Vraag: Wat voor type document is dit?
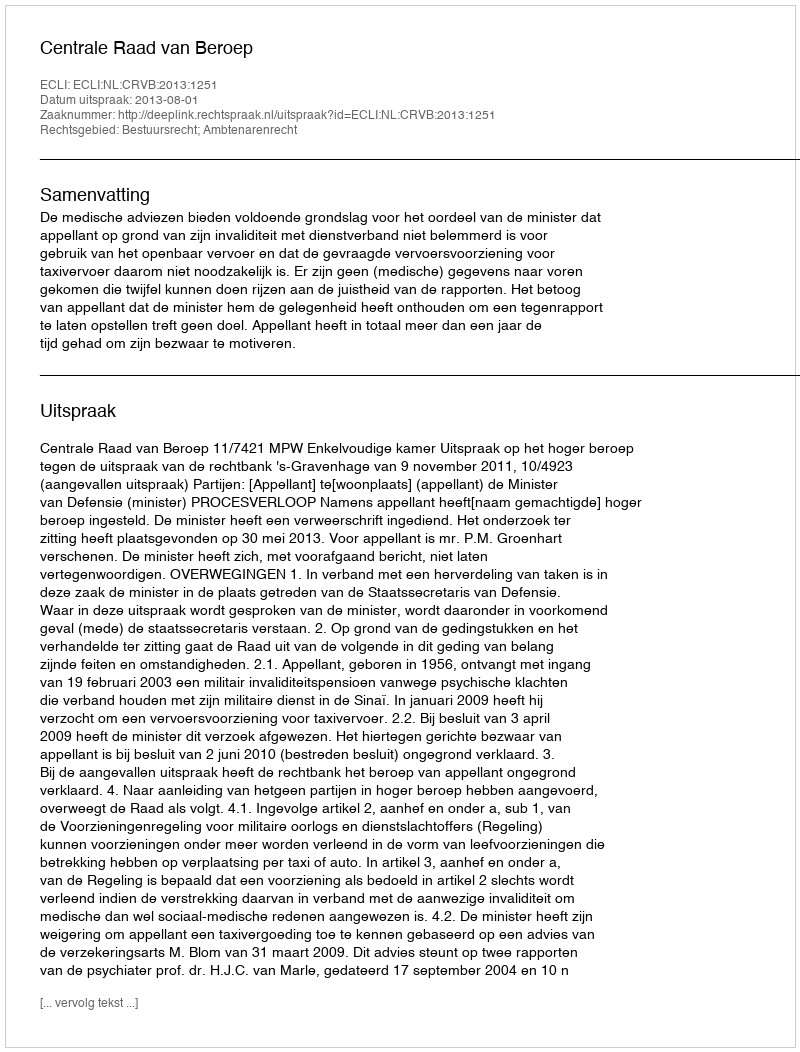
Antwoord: Uitspraak